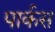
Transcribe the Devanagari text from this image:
पार्कस